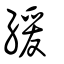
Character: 緩